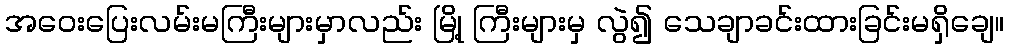
အဝေးပြေးလမ်းမကြီးများမှာလည်း မြို့ ကြီးများမှ လွဲ၍ သေချာခင်းထားခြင်းမရှိချေ။